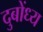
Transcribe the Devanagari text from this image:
दुबोंध्य